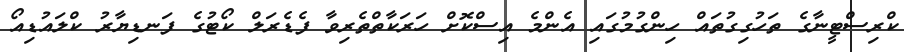
ކްރިސްޓީނާގެ ތަހުގިގުތައް ހިންގުމުގައި އެންމެ އިސްކޮށް ހަރަކާތްތެރިވާ ފެޑެރަލް ކޯޓުގެ ފަނޑިޔާރު ކްލައުޑިއޯ